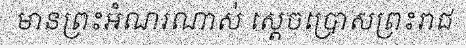
មានព្រះអំណរណាស់ ស្តេចប្រោសព្រះរាជ